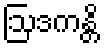
ဩဒကန္တိ